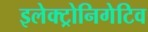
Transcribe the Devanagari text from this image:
इलेक्ट्रोनिगेटिव